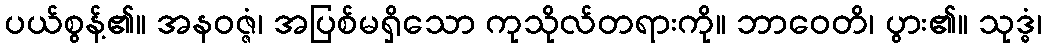
ပယ်စွန့်၏။ အနဝဇ္ဇံ၊ အပြစ်မရှိသော ကုသိုလ်တရားကို။ ဘာဝေတိ၊ ပွား၏။ သုဒ္ဓံ၊